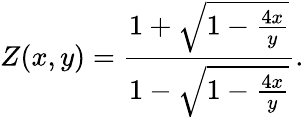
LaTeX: Z(x,y)=\frac{1+\sqrt{1-\frac{4x}{y}}}{1-\sqrt{1-\frac{4x}{y}}}.